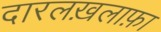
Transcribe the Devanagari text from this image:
दारलख़लाफ़ा